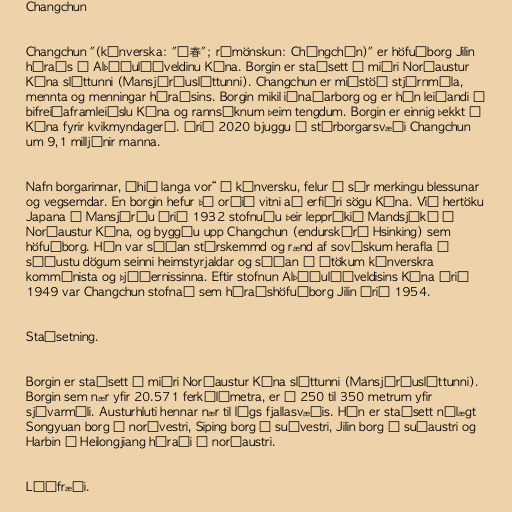
Changchun

Changchun "(kínverska: "长春"; rómönskun: Chángchūn)" er höfuðborg Jilin
héraðs í Alþýðulýðveldinu Kína. Borgin er staðsett á miðri Norðaustur
Kína sléttunni (Mansjúríusléttunni). Changchun er miðstöð stjórnmála,
mennta og menningar héraðsins. Borgin mikil iðnaðarborg og er hún leiðandi í
bifreiðaframleiðslu Kína og rannsóknum þeim tengdum. Borgin er einnig þekkt í
Kína fyrir kvikmyndagerð. Árið 2020 bjuggu á stórborgarsvæði Changchun
um 9,1 milljónir manna.

Nafn borgarinnar, „hið langa vor“ á kínversku, felur í sér merkingu blessunar
og vegsemdar. En borgin hefur þó orðið vitni að erfiðri sögu Kína. Við hertöku
Japana á Mansjúríu árið 1932 stofnuðu þeir leppríkið Mandsjúkó í
Norðaustur Kína, og byggðu upp Changchun (endurskýrð Hsinking) sem
höfuðborg. Hún var síðan stórskemmd og rænd af sovéskum herafla á
síðustu dögum seinni heimstyrjaldar og síðan í átökum kínverskra
kommúnista og þjóðernissinna. Eftir stofnun Alþýðulýðveldisins Kína árið
1949 var Changchun stofnað sem héraðshöfuðborg Jilin árið 1954.

Staðsetning.

Borgin er staðsett í miðri Norðaustur Kína sléttunni (Mansjúríusléttunni).
Borgin sem nær yfir 20.571 ferkílómetra, er í 250 til 350 metrum yfir
sjávarmáli. Austurhluti hennar nær til lágs fjallasvæðis. Hún er staðsett nálægt
Songyuan borg í norðvestri, Siping borg í suðvestri, Jilin borg í suðaustri og
Harbin í Heilongjiang héraði í norðaustri.

Lýðfræði.